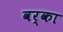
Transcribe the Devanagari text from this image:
वर्का